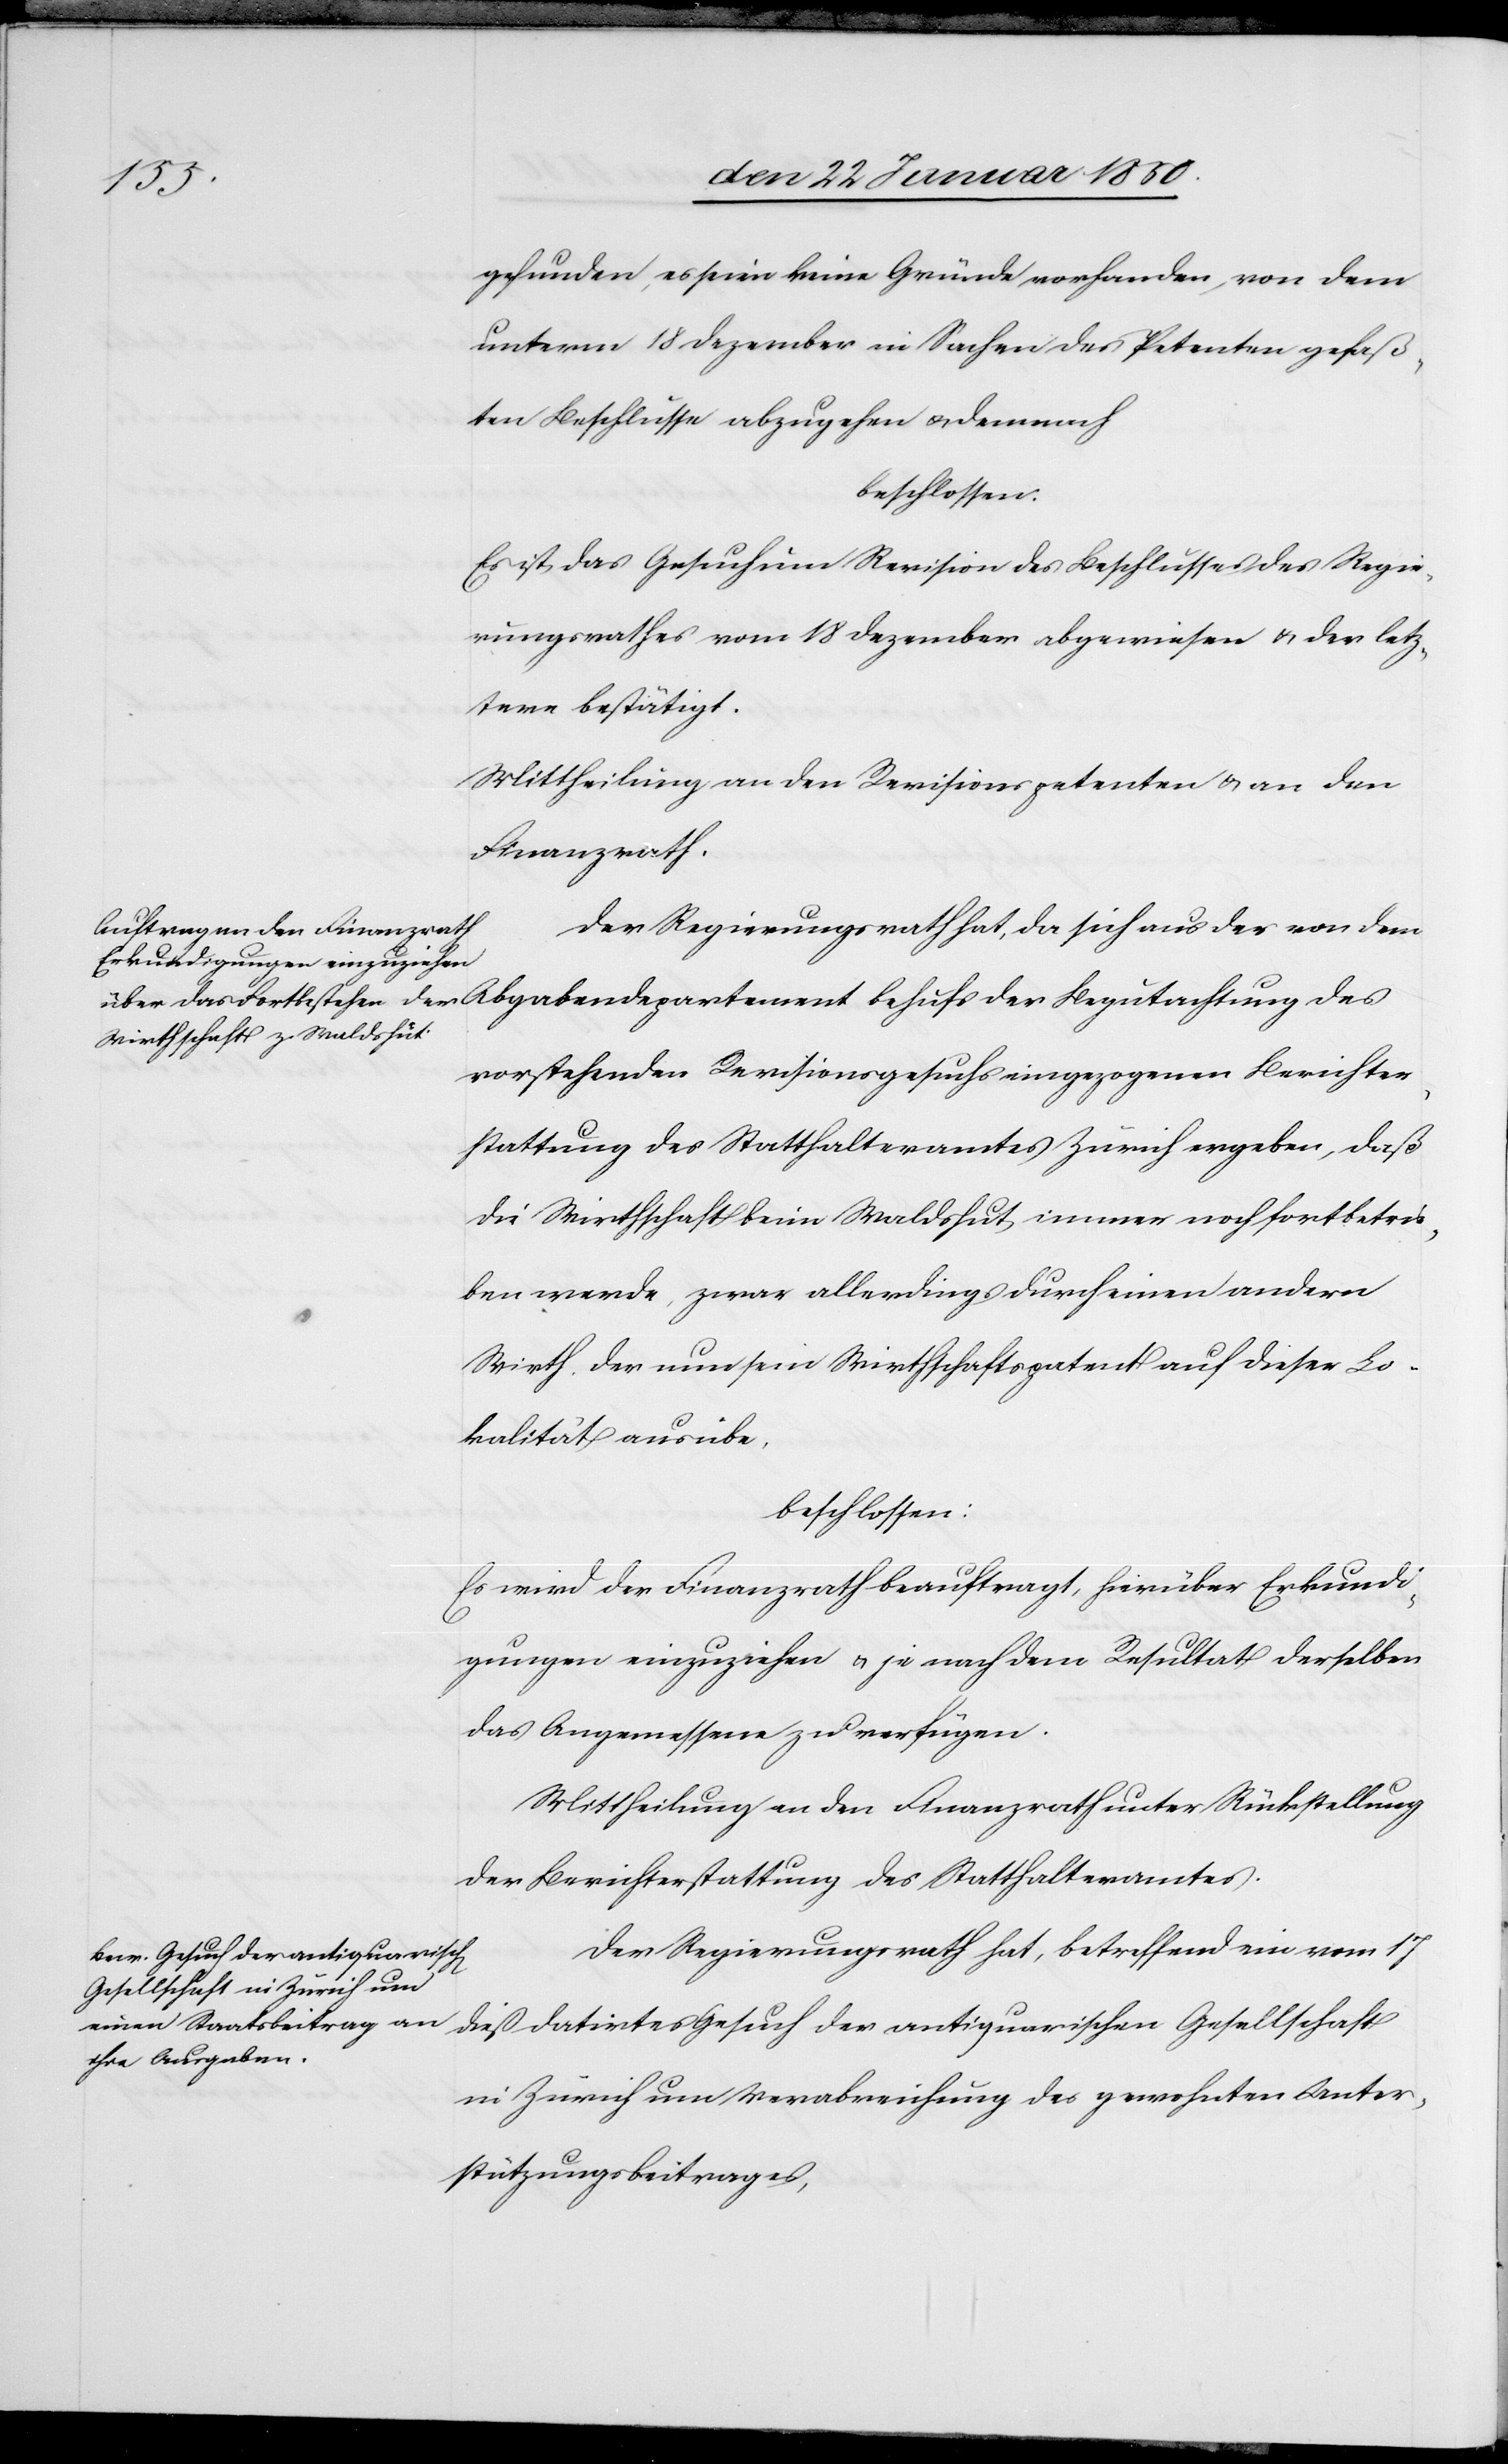
gefunden, es seien keine Gründe vorhanden, von dem
unterm 18 December in Sachen des Petenten gefaß¬
ten Beschlusse abzugehen u. demnach
beschlossen:
Es ist das Gesuch um Revision des Beschlusses des Regie¬
rungsrathes vom 18 Dezember abgewiesen u. der letz¬
tere bestätigt.
Mittheilung an den Revisionspetenten u. an den
Finanzrath.
Der Regierungsrath hat, da sich aus der von dem
vorstehenden Revisionsgesuchs eingezogenen Berichter¬
stattung des Statthalteramtes Zürich ergeben, daß
die Wirthschaft beim Waldshut, immer noch fortbetrie¬
ben werde, zwar allerdings durch einen andern
Wirth, der nun ein Wirthschaftspatent auf dieser Lo¬
kalität ausübe,
beschlossen:
Es wird der Finanzrath beauftragt, hierüber Erkundi¬
gungen einzuziehen u. je nach dem Resultat derselben
das Angemessene zu verfügen.
Mittheilung an den Finanzrath unter Rückstellung
der Berichterstattung des Statthalteramtes.
Der Regierungsrath hat, betreffend ein vom 17
datirtes Gesuch der antiquarischen
in Zürich um Verabreichung des gewohnten Unter¬
stützungsbeitrages,